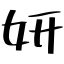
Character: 妍